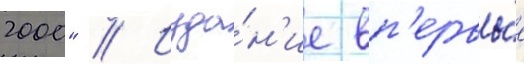
2000" // Изда́н'ие вп'ервы́е